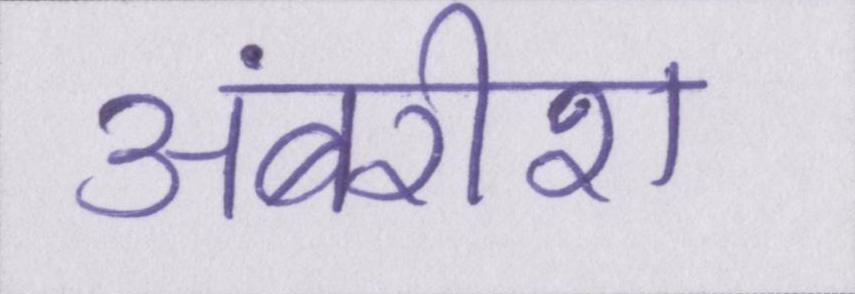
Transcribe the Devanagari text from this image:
अंबरीश